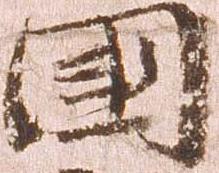
国